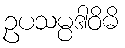
ဥပသမ္ပဒါဝိဓိ